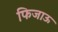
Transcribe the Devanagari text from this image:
फिजाऊ